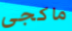
ماكجى